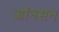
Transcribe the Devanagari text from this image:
जोंनसन